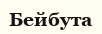
Бейбута